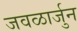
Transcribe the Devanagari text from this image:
जवळार्जुन